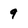
Character: 9